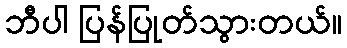
ဘီပါ ပြန်ပြုတ်သွားတယ်။